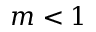
m < 1